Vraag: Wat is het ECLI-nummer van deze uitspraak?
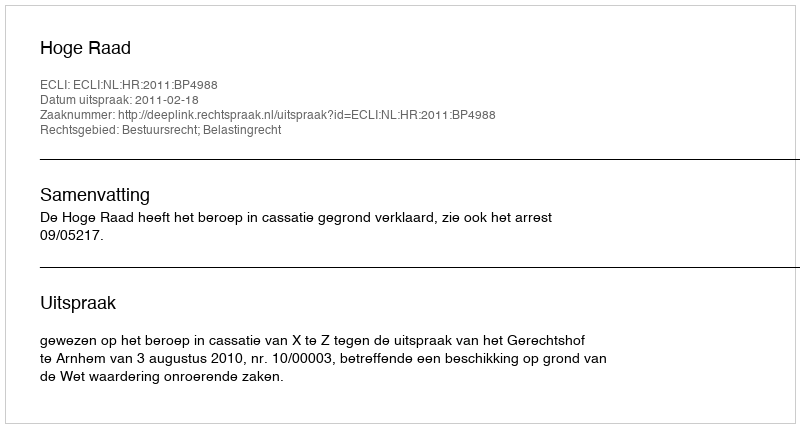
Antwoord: ECLI:NL:HR:2011:BP4988